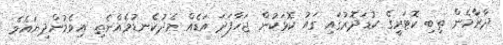
ދާރާމެން ތިބި ކޮޓަރީގެ ކުޑަދޮރުގައި ގައު ކޮޅަކުން ޖަހާފަދަ އަޑެއް މެދުކެނޑުމެއްނެތި އިވެމުންދިޔައެވެ.